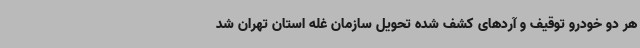
هر دو خودرو توقیف و آردهای کشف شده تحویل سازمان غله استان تهران شد